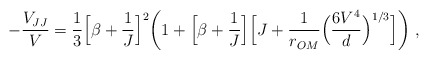
\begin{align*}-\frac{V_{JJ}}{V} = \frac{1}{3}\Big[\beta+\frac{1}{J}\Big]^2 \bigg( 1+\Big[\beta+\frac{1}{J}\Big] \Big[J+\frac{1}{r_{OM}}\Big(\frac{6V^4}{d}\Big)^{1/3} \Big] \bigg) \; ,\end{align*}